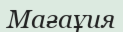
Мағаұия